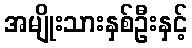
အမျိုးသားနှစ်ဦးနှင့်